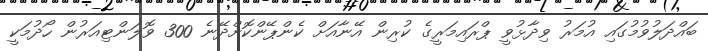
ބައްދަލުވުމުގައި އުމަރު ވިދާޅުވީ ޕްރައިމަރީގެ ކުރިން އޭނާއަށް ކެންޕޭންކޮށްދޭނެ 300 ވޮލަންޓިއަރުން ހޯދުމަކީ